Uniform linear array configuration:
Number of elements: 4
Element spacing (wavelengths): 1
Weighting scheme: hann
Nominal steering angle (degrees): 15
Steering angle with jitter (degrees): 16.917
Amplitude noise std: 0.05
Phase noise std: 0.05

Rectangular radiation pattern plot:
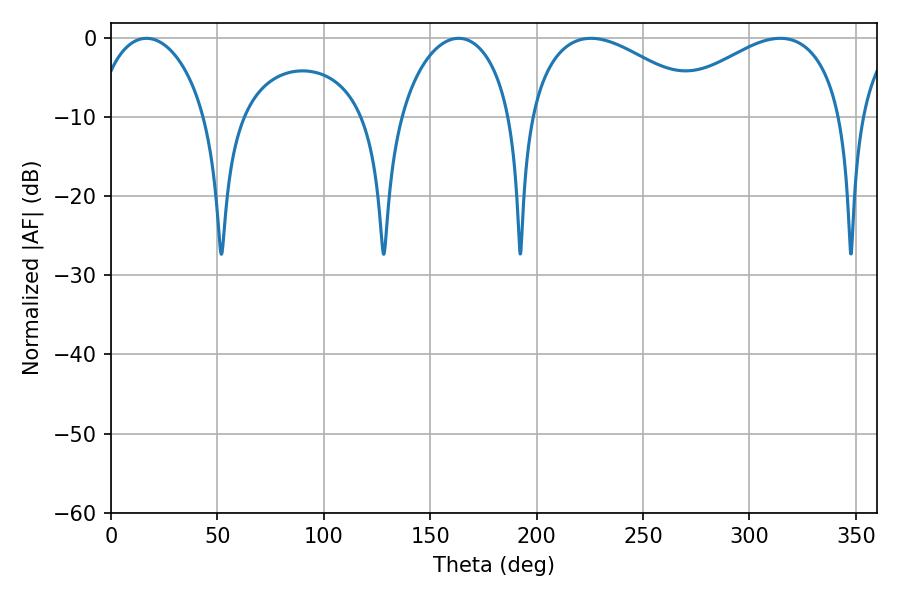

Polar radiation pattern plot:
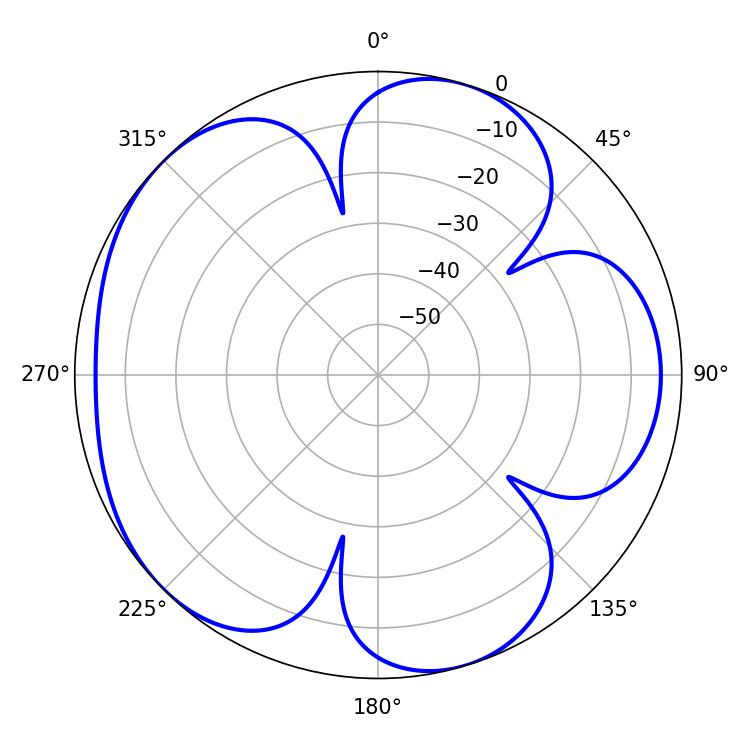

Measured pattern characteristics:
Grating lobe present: TRUE
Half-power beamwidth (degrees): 46.8
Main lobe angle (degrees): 314.46